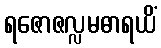
ရဇောဇလ္လမဓာရယိံ